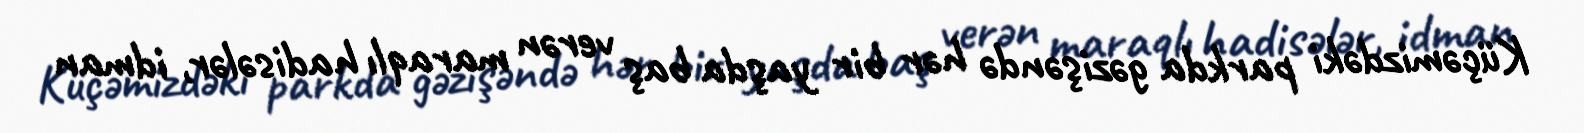
Küçəmizdəki parkda gəzişəndə hər bir yaşda baş verən maraqlı hadisələr, idman